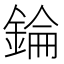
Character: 錀